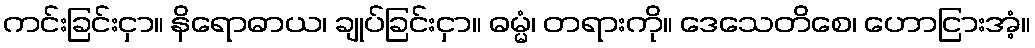
ကင်းခြင်းငှာ။ နိရောဓာယ၊ ချုပ်ခြင်းငှာ။ ဓမ္မံ၊ တရားကို။ ဒေသေတိစေ၊ ဟောငြားအံ့။